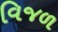
વિજળ